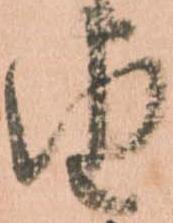
由